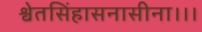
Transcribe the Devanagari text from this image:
श्वेतसिंहासनासीना।।।